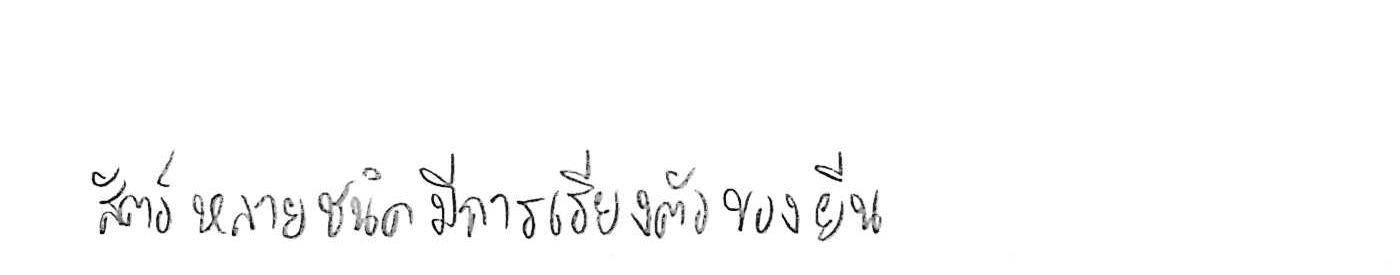
สัตว์หลายชนิดมีการเรียงตัวของยีน